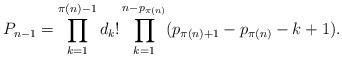
LaTeX: \begin{align*} P_{n-1} = \prod_{k=1}^{\pi(n)-1} d_k!\prod_{k=1}^{n-p_{\pi(n)}} (p_{\pi(n)+1}-p_{\pi(n)}-k+1).\end{align*}